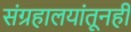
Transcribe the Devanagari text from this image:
संग्रहालयांतूनही